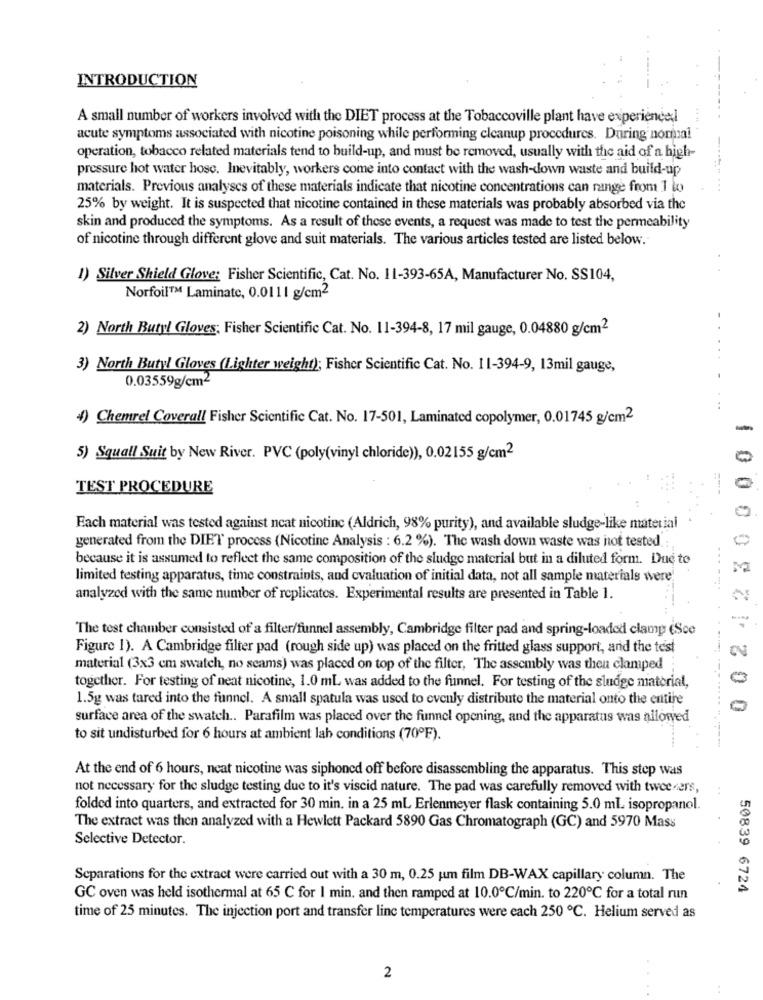
INTRODUCTION
A small number of workers involved with the DIET process at the Tobaccoville plant have experiencel
acute symptoms associated with nicotine poisoning while performing cleanup procedures. During normal
operation, tobacco related materials tend to build-up, and must be removed, usually with the aid of a high-
pressure hot water hose. Inevitably, workers come into contact with the wash-down waste and build-up
materials. Previous analyses of these materials indicate that nicotine concentrations can range from 1 to
25% by weight. It is suspected that nicotine contained in these materials was probably absorbed via the
skin and produced the symptoms. As a result of these events, a request was made to test the permeability
of nicotine through different glove and suit materials. The various articles tested are listed below.
1) Silver Shield Glove: Fisher Scientific, Cat. No. 11-393-65A, Manufacturer No. SS104,
Norfoil™ Laminate, 0.0111 g/cm2
2) North Butyl Gloves; Fisher Scientific Cat. No. 11-394-8, 17 mil gauge, 0.04880 g/cm2
3) North Butyl Gloves (Lighter weight); Fisher Scientific Cat. No. 11-394-9, 13mil gauge,
0.03559g/cm2
4) Chemrel Coverall Fisher Scientific Cat. No. 17-501, Laminated copolymer, 0.01745 g/cm2
5) Squall Suit by New River. PVC (poly(vinyl chloride)), 0.02155 g/cm2
TEST PROCEDURE
Each material was tested against neat nicotine (Aldrich, 98% purity), and available sludge-like material
generated from the DIET process (Nicotine Analysis : 6.2 %). The wash down waste was not tested
because it is assumed to reflect the same composition of the sludge material but in a diluted form. Due to
limited testing apparatus, time constraints, and evaluation of initial data, not all sample materials were
analyzed with the same number of replicates. Experimental results are presented in Table 1.
The test chamber consisted of a filter/funnel assembly, Cambridge filter pad and spring-loaded clamp (Sce
Figure 1). A Cambridge filter pad (rough side up) was placed on the fritted glass support, and the test
material (3x3 cm swatch, no seams) was placed on top of the filter, The assembly was then clamped
0
together. For testing of neat nicotine, 1.0 ml was added to the funnel. For testing of the sludge material,
1.5g was tared into the funnel. A small spatula was used to evenly distribute the material onto the entire
surface area of the swatch .. Parafilm was placed over the funnel opening, and the apparatus was allowed
to sit undisturbed for 6 hours at ambient lab conditions (70ºF).
At the end of 6 hours, neat nicotine was siphoned off before disassembling the apparatus. This step was
not necessary for the sludge testing due to it's viscid nature. The pad was carefully removed with tweeners,
folded into quarters, and extracted for 30 min. in a 25 ml Erlenmeyer flask containing 5.0 ml. isopropanol.
The extract was then analyzed with a Hewlett Packard 5890 Gas Chromatograph (GC) and 5970 Mass
Selective Detector.
Separations for the extract were carried out with a 30 m, 0.25 um film DB-WAX capillary column. The
50839 6724
GC oven was held isothermal at 65 C for I min. and then ramped at 10.0℃/min. to 220℃ for a total run
time of 25 minutes. The injection port and transfer line temperatures were each 250 ℃. Helium served as
2